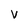
Character: V